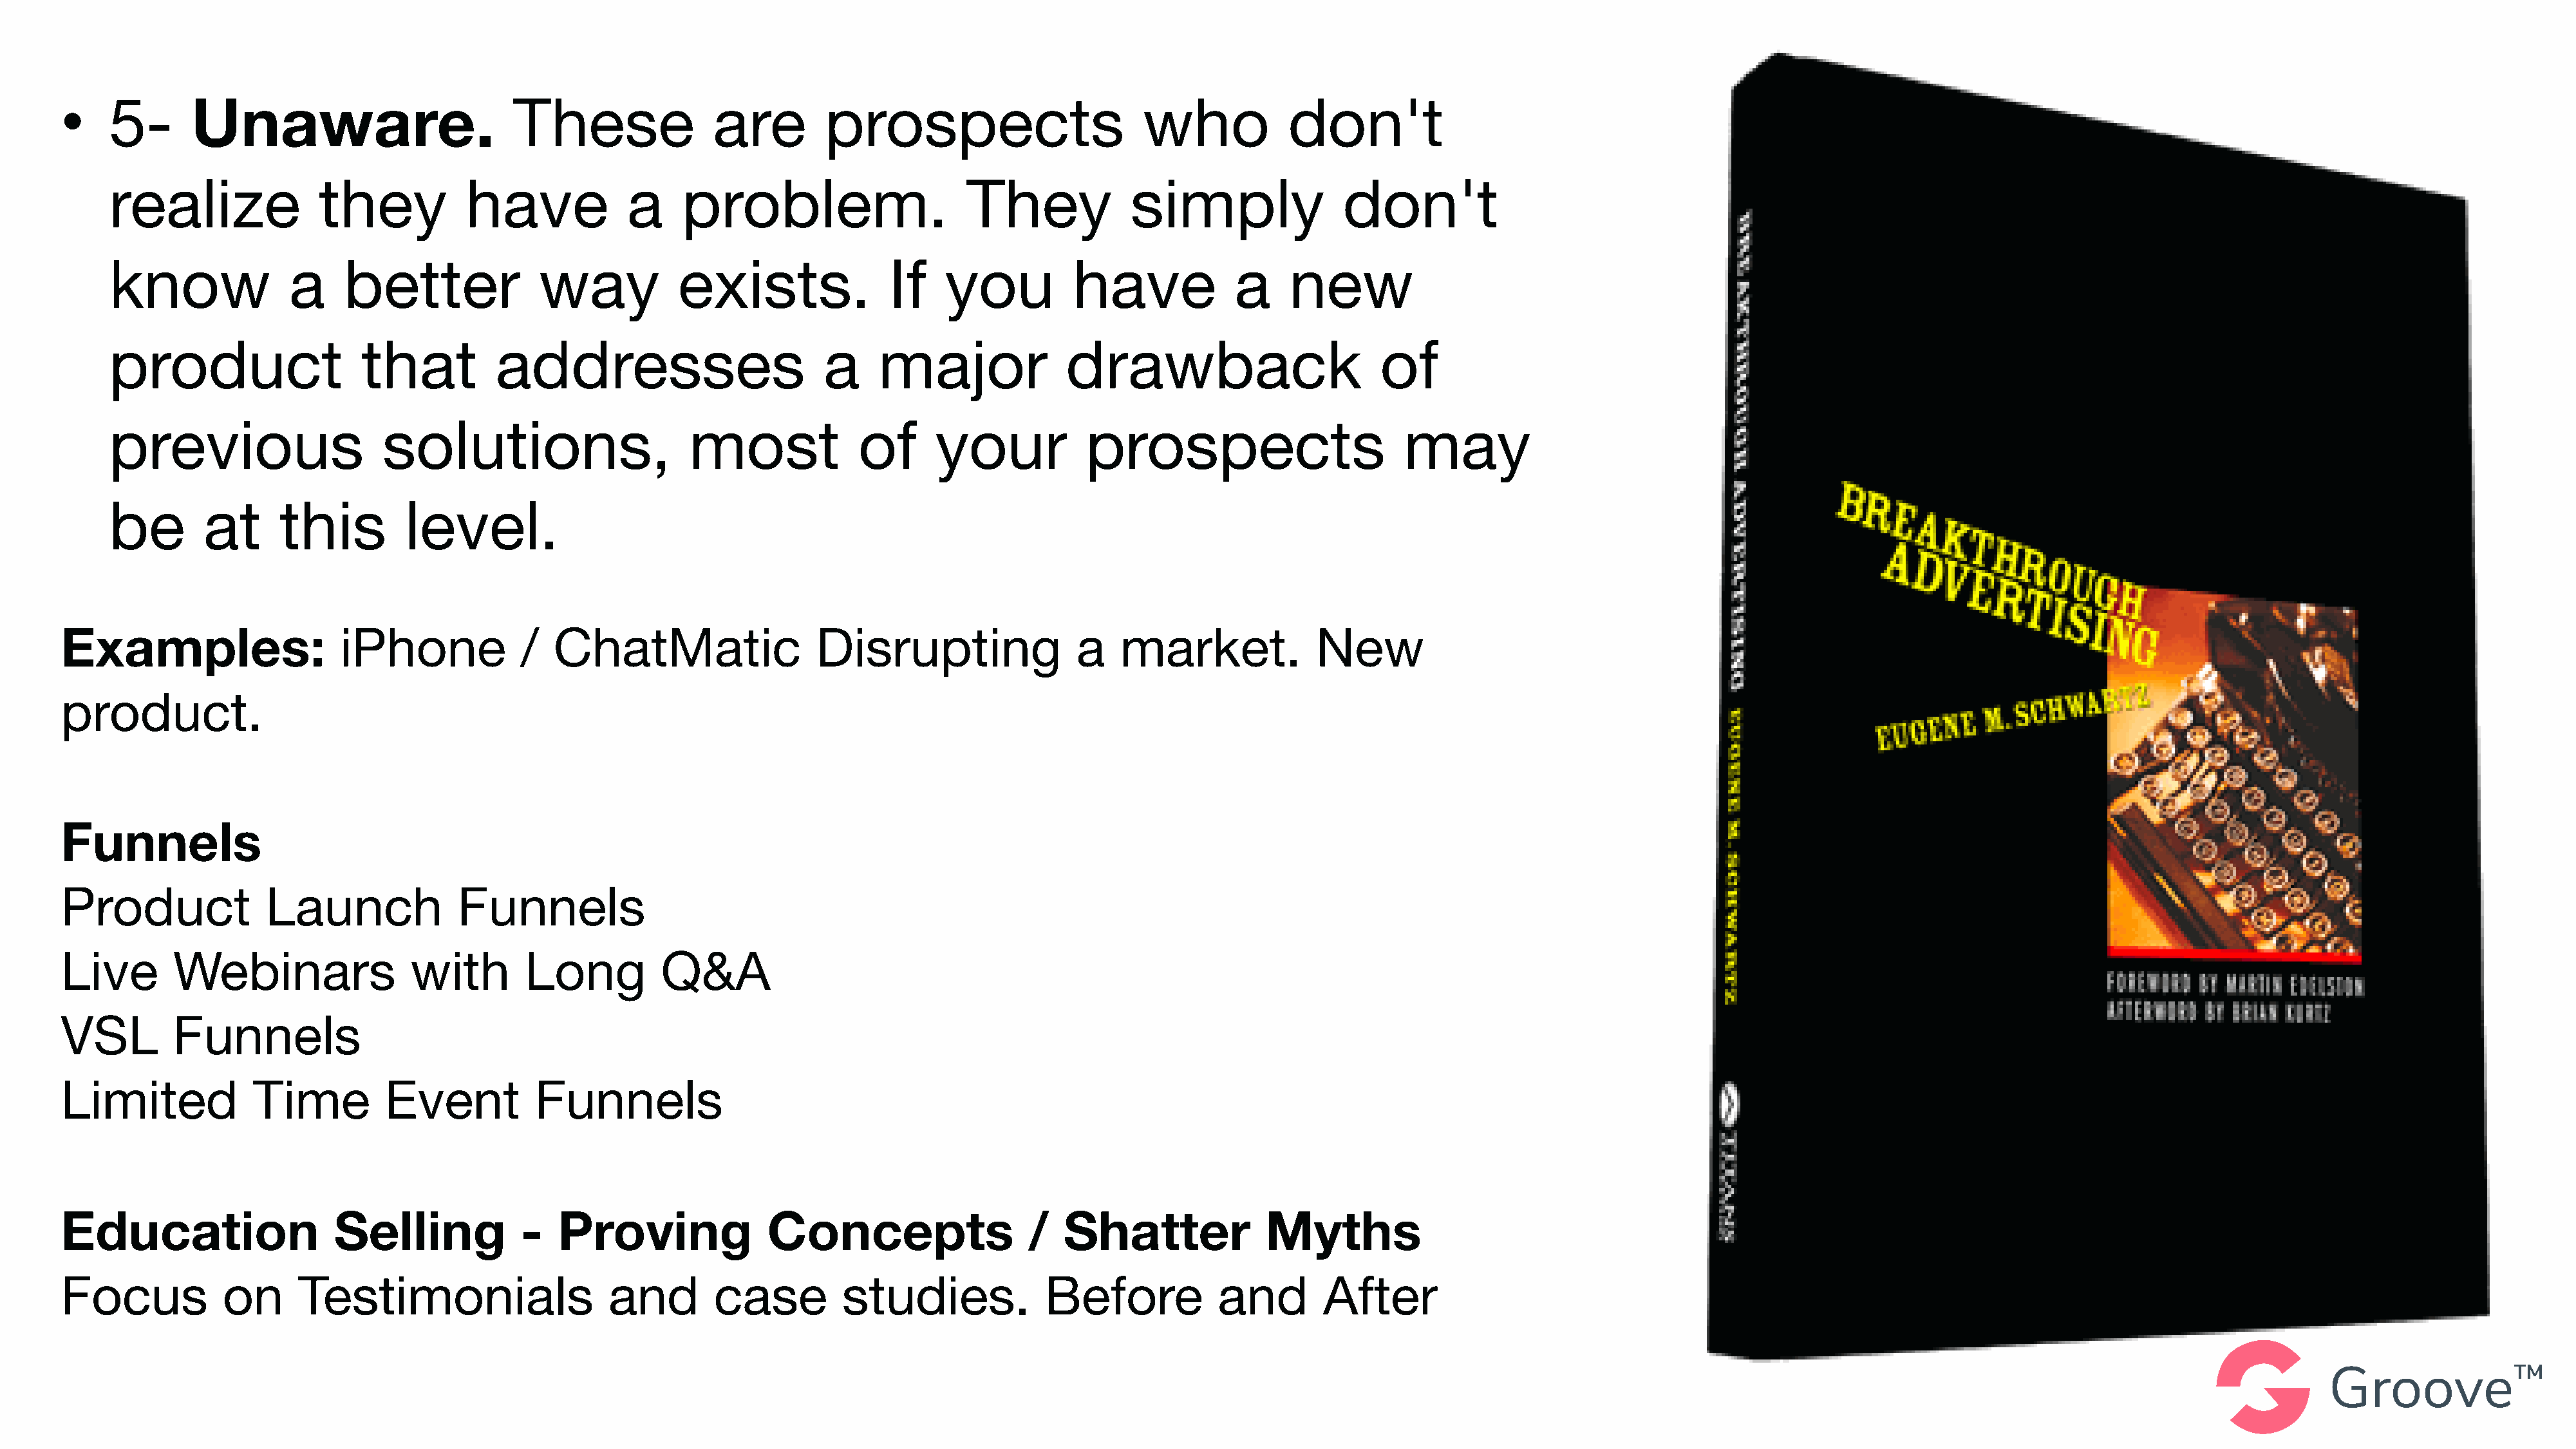
•    5-       Unaware.                         These               are         prospects                       who            don't
 realize               they           have            a     problem.                     They             simply                don't
 know               a    better              way            exists.              If    you          have             a     new
 product                   that          addresses                         a    major               drawback                        of
 previous                    solutions,                      most             of      your            prospects                       may
 be        at      this         level.
 Examples:                    iPhone             /  ChatMatic                  Disrupting                 a   market.             New
 product.
 Funnels
 Product              Launch              Funnels
 Live        Webinars                with        Long          Q&A
 VSL         Funnels
 Limited             Time          Event          Funnels
 Education                   Selling             -  Proving               Concepts                   /  Shatter              Myths
 Focus            on      Testimonials                    and       case          studies.            Before            and        After